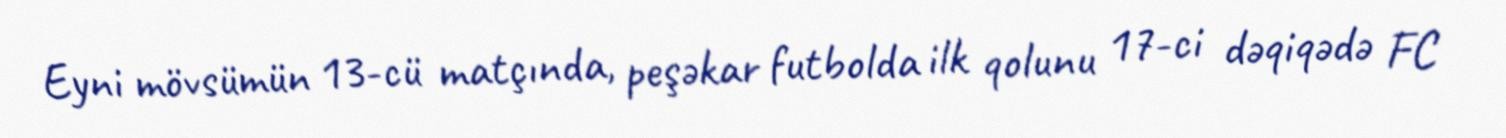
Eyni mövsümün 13-cü matçında, peşəkar futbolda ilk qolunu 17-ci dəqiqədə FC